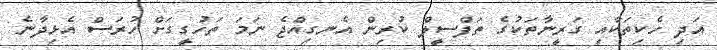
އަދި ހެކިތަކާއި ގަރީނާތަކުގެ ތަފްސީލް ކުރިން އެނގިއްޖެ ނަމަ ތަހުގީގަށް ހުރަސް އެޅިދާނެ